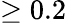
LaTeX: \ge 0.2